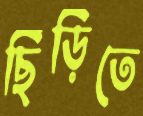
ছিঁড়িতে